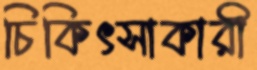
চিকিৎসাকারী